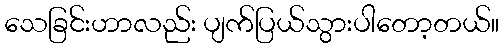
သေခြင်းဟာလည်း ပျက်ပြယ်သွားပါတော့တယ်။